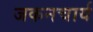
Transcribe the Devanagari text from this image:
जकनचार्य